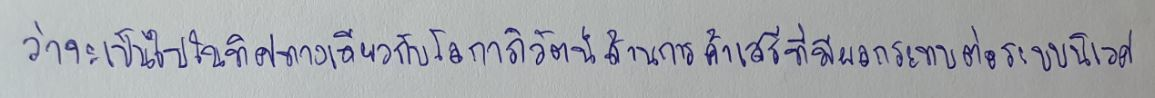
ว่าจะเป็นไปในทิศทางเดียวกับโลกาภิวัตน์ด้านการค้าเสรีที่มีผลกระทบต่อระบบนิเวศ